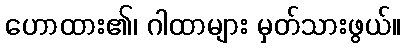
ဟောထား၏၊ ဂါထာများ မှတ်သားဖွယ်။